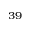
^ { 3 9 }